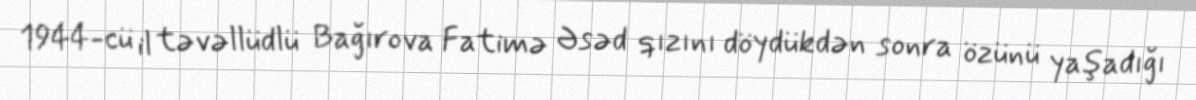
1944-cü il təvəllüdlü Bağırova Fatimə Əsəd qızını döydükdən sonra özünü yaşadığı